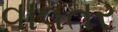
વાવતર